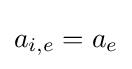
a_{i,e}=a_{e}